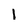
Character: 1